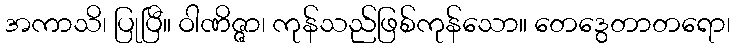
အကာသိ၊ ပြုပြီ။ ဝါဏိဇ္ဇာ၊ ကုန်သည်ဖြစ်ကုန်သော။ တေဒွေတာတရော၊